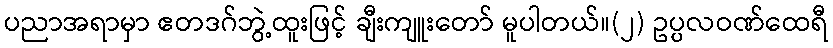
ပညာအရာမှာ ဧတဒဂ်ဘွဲ့ထူးဖြင့် ချီးကျူးတော် မူပါတယ်။(၂) ဥပ္ပလဝဏ်ထေရီ